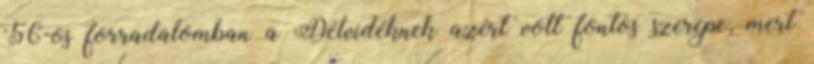
'56-os forradalomban a Délvidéknek azért volt fontos szerepe, mert